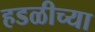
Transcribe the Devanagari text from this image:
हडळीच्या